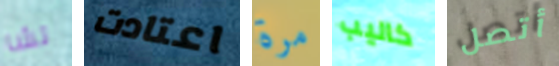
تشا اعتادت مرة كاليب أتصل